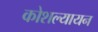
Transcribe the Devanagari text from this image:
कोशल्यायन